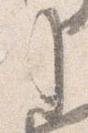
事